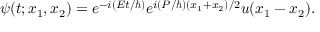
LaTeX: \psi ( t ; x _ { 1 } , x _ { 2 } ) = e ^ { - i ( { E t } / { \hbar } ) } e ^ { i ( { P } / { \hbar } ) { ( x _ { 1 } + x _ { 2 } ) } / { 2 } } u ( x _ { 1 } - x _ { 2 } ) .